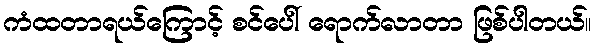
ကံထတာရယ်ကြောင့် စင်ပေါ် ရောက်လာတာ ဖြစ်ပါတယ်။